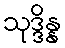
သုဒ္ဒိန္န